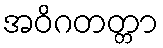
အဝိဂတတ္တာ